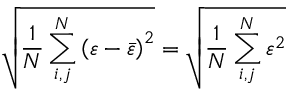
\sqrt { \frac { 1 } { N } \sum _ { i , j } ^ { N } \left( \varepsilon - \bar { \varepsilon } \right) ^ { 2 } } = \sqrt { \frac { 1 } { N } \sum _ { i , j } ^ { N } \varepsilon ^ { 2 } }